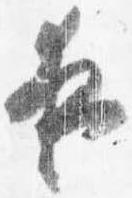
夜